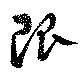
限